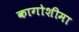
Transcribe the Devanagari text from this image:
कागोशीमा